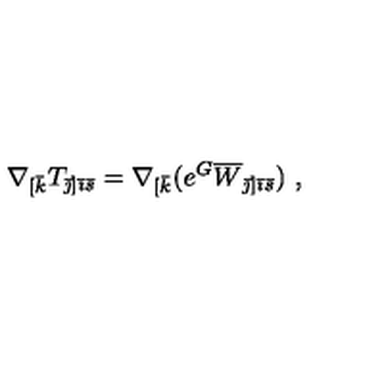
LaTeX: \nabla _ { [ \bar { k } } T _ { { \bar { \jmath } } ] { \bar { \imath } } { \bar { s } } } = \nabla _ { [ \bar { k } } ( e ^ { G } \overline { { W } } _ { { \bar { \jmath } } ] { \bar { \imath } } \bar { s } } ) \ ,